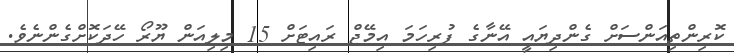
ކޮރިންތިއަންސަށް ގެންދިޔައީ އޭނާގެ ފުރިހަމަ އިމޭޖް ރައިޓަށް 15 މިލިއަން ޔޫރޯ ހޭދަކޮށްގެންނެވެ.